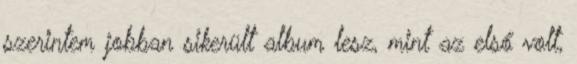
szerintem jobban sikerült album lesz, mint az első volt,